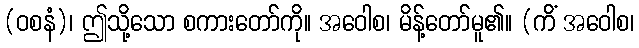
(ဝစနံ)၊ ဤသို့သော စကားတော်ကို။ အဝေါစ၊ မိန့်တော်မူ၏။ (ကိံ အဝေါစ၊